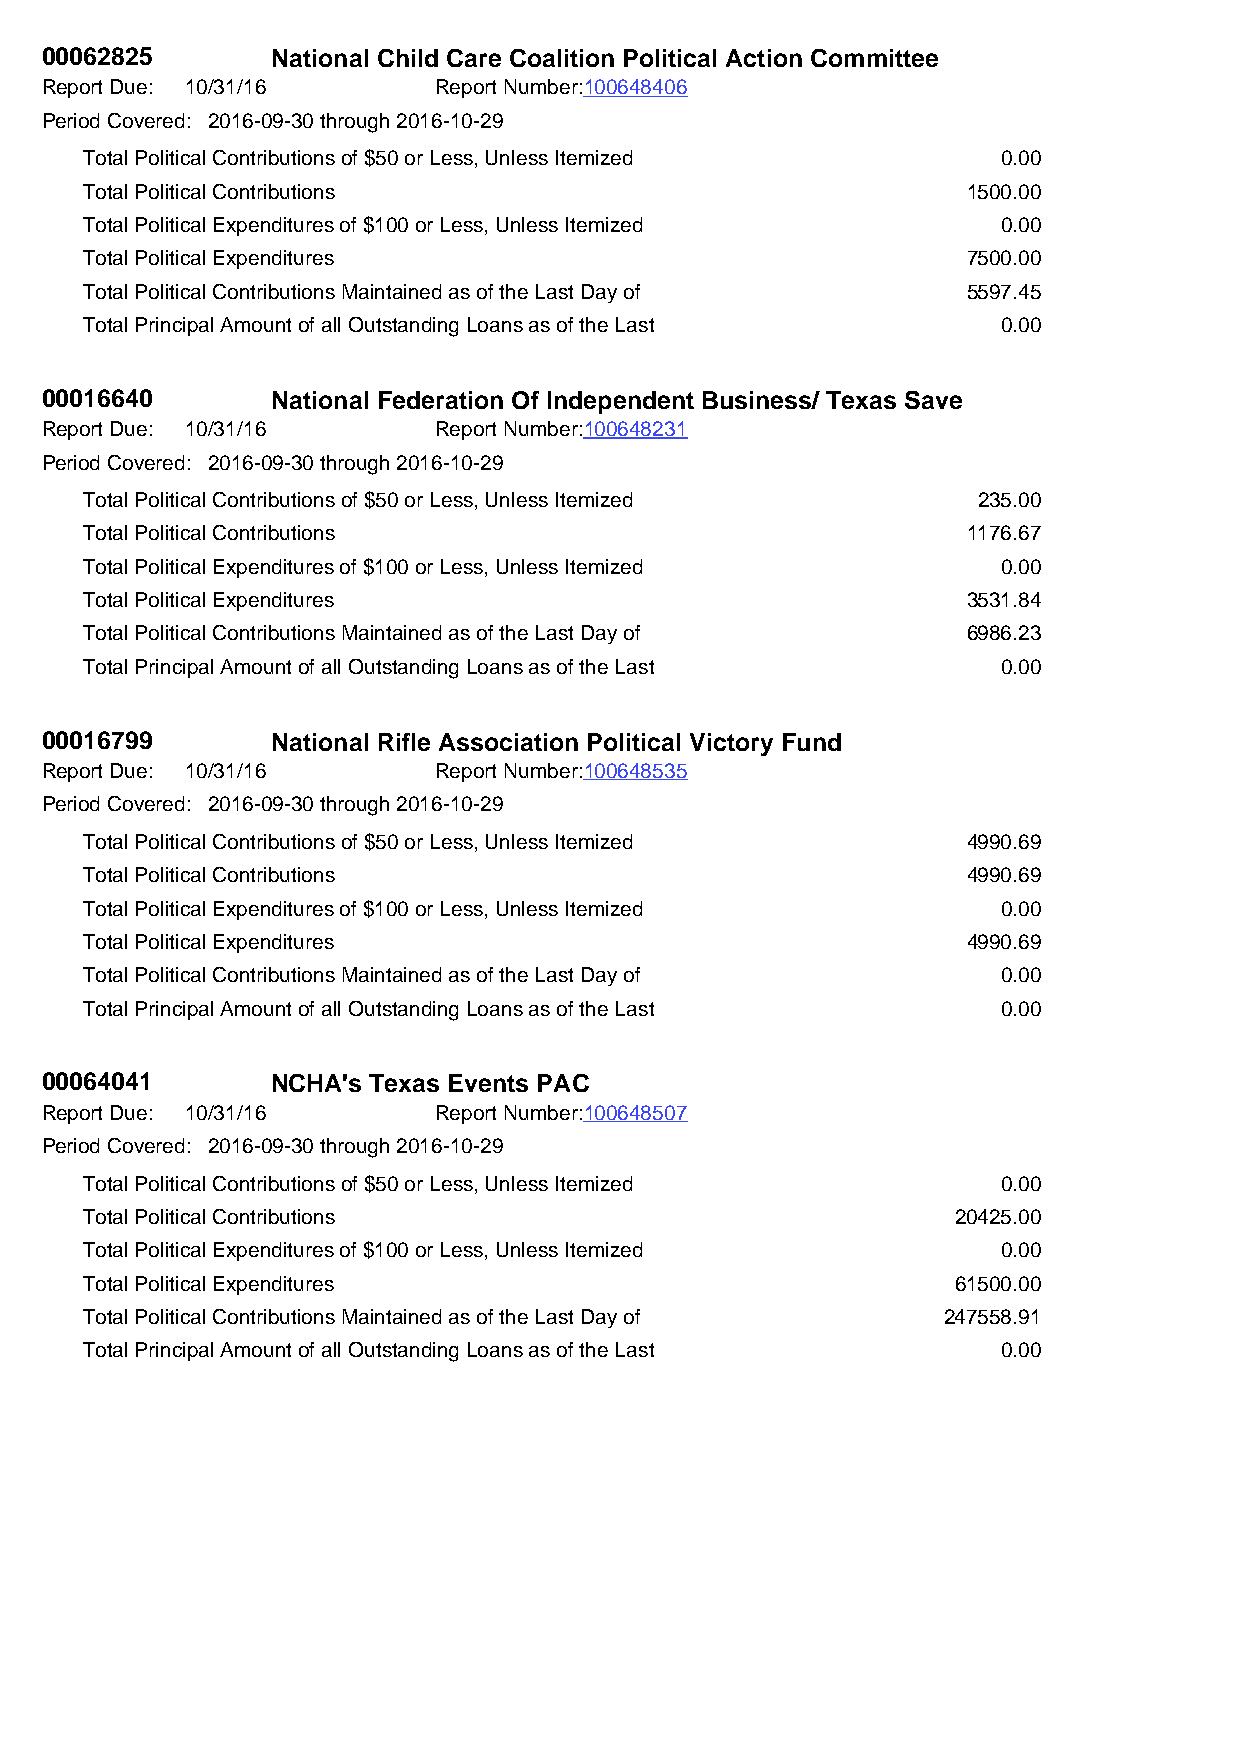
00062825       National Child Care Coalition Political Action Committee
 Report Due: 10/31/16      Report Number:100648406
 Period Covered: 2016-09-30 through 2016-10-29
 Total Political Contributions of $50 or Less, Unless Itemized 0.00
 Total Political Contributions                             1500.00
 Total Political Expenditures of $100 or Less, Unless Itemized 0.00
 Total Political Expenditures                              7500.00
 Total Political Contributions Maintained as of the Last Day of 5597.45
 Total Principal Amount of all Outstanding Loans as of the Last 0.00
 00016640       National Federation Of Independent Business/ Texas Save
 Report Due: 10/31/16      Report Number:100648231
 Period Covered: 2016-09-30 through 2016-10-29
 Total Political Contributions of $50 or Less, Unless Itemized 235.00
 Total Political Contributions                             1176.67
 Total Political Expenditures of $100 or Less, Unless Itemized 0.00
 Total Political Expenditures                              3531.84
 Total Political Contributions Maintained as of the Last Day of 6986.23
 Total Principal Amount of all Outstanding Loans as of the Last 0.00
 00016799       National Rifle Association Political Victory Fund
 Report Due: 10/31/16      Report Number:100648535
 Period Covered: 2016-09-30 through 2016-10-29
 Total Political Contributions of $50 or Less, Unless Itemized 4990.69
 Total Political Contributions                             4990.69
 Total Political Expenditures of $100 or Less, Unless Itemized 0.00
 Total Political Expenditures                              4990.69
 Total Political Contributions Maintained as of the Last Day of 0.00
 Total Principal Amount of all Outstanding Loans as of the Last 0.00
 00064041       NCHA's Texas Events PAC
 Report Due: 10/31/16      Report Number:100648507
 Period Covered: 2016-09-30 through 2016-10-29
 Total Political Contributions of $50 or Less, Unless Itemized 0.00
 Total Political Contributions                            20425.00
 Total Political Expenditures of $100 or Less, Unless Itemized 0.00
 Total Political Expenditures                             61500.00
 Total Political Contributions Maintained as of the Last Day of 247558.91
 Total Principal Amount of all Outstanding Loans as of the Last 0.00